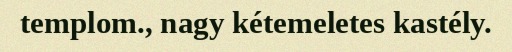
templom., nagy kétemeletes kastély.